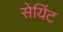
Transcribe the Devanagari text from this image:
सेयिंट